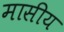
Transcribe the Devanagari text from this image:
मासीय